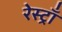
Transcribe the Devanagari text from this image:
रेस्ट्राँ